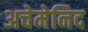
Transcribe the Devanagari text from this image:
अचेमेनिद